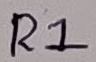
Text: R1